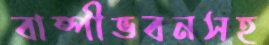
বাষ্পীভবনসহ